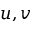
u , v